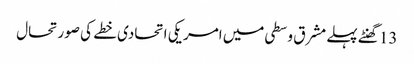
13 گھنٹے پہلے	مشرق وسطی میں امریکی اتحادی خطے کی صورتحال